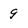
Character: 9